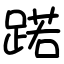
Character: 蹃